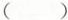
()